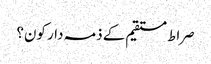
صراط مستقیم کے ذمہ دار کون؟